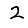
Digit: 2